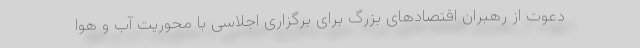
دعوت از رهبران اقتصادهای بزرگ برای برگزاری اجلاسی با محوریت آب و هوا